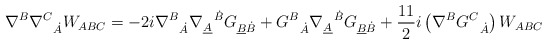
\begin{align*}\nabla^B \nabla_{\ \ \dot A}^C W_{ABC}= -2i \nabla^B_{\ \ \dot A}\nabla^{\ \ \dot B}_{\underline{A}} G_{\underline{B} \dot B} +G^B_{\ \ \dot A} \nabla^{\ \ \dot B}_{\underline{A}} G_{\underline{B} \dot B}+\frac{11}{2}i \left(\nabla^B G_{\ \ \dot A}^C \right) W_{ABC} \end{align*}